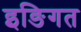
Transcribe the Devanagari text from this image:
इङिगत